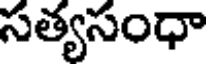
సత్యసంధా